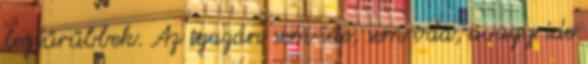
legsűrűbbek. Az igazán sem ide, sem oda, avagy ide